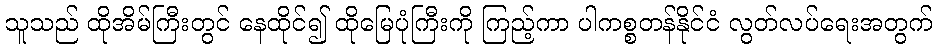
သူသည် ထိုအိမ်ကြီးတွင် နေထိုင်၍ ထိုမြေပုံကြီးကို ကြည့်ကာ ပါကစ္စတန်နိုင်ငံ လွတ်လပ်ရေးအတွက်